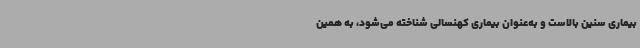
بیماری سنین بالاست و به‌عنوان بیماری کهنسالی شناخته می‌شود، به همین